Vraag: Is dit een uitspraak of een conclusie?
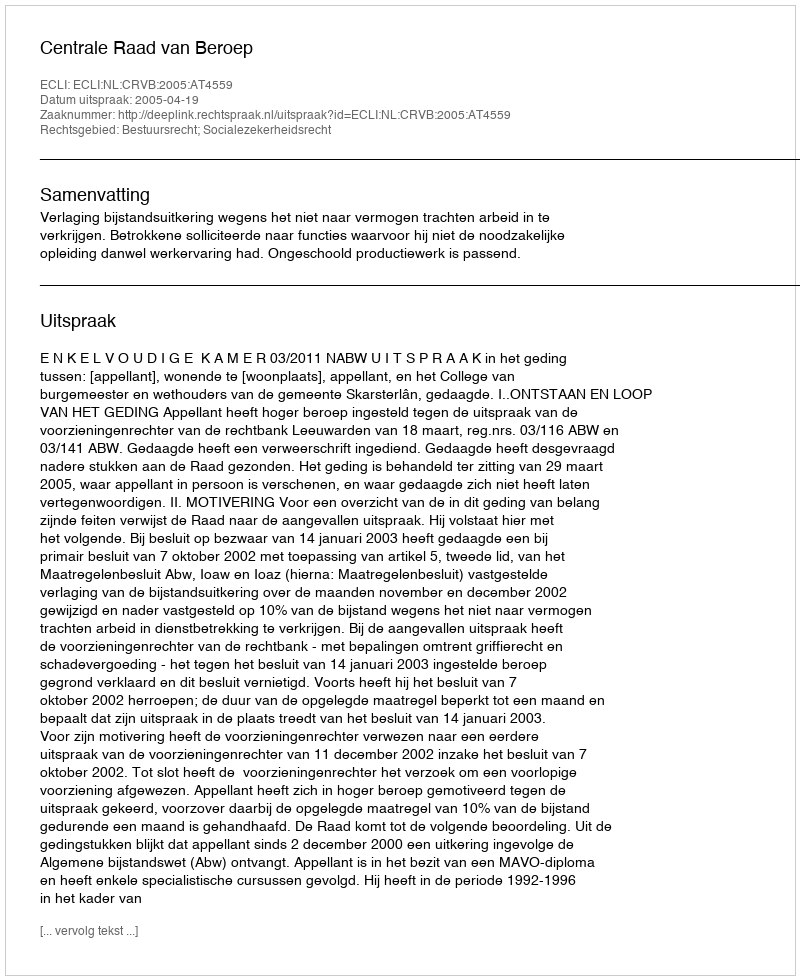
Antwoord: Uitspraak